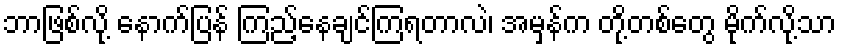
ဘာဖြစ်လို့ နောက်ပြန် ကြည့်နေချင်ကြရတာလဲ၊ အမှန်က တို့တစ်တွေ မိုက်လို့သာ